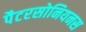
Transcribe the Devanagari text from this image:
पैटरसोनियनस